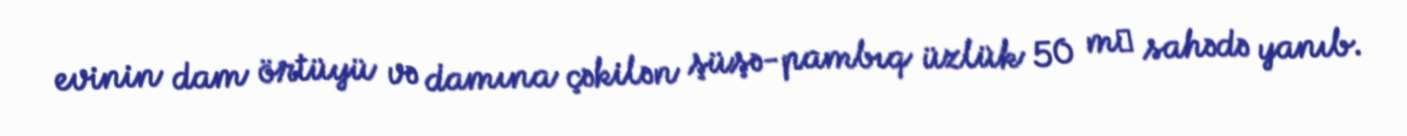
evinin dam örtüyü və damına çəkilən şüşə-pambıq üzlük 50 m² sahədə yanıb.